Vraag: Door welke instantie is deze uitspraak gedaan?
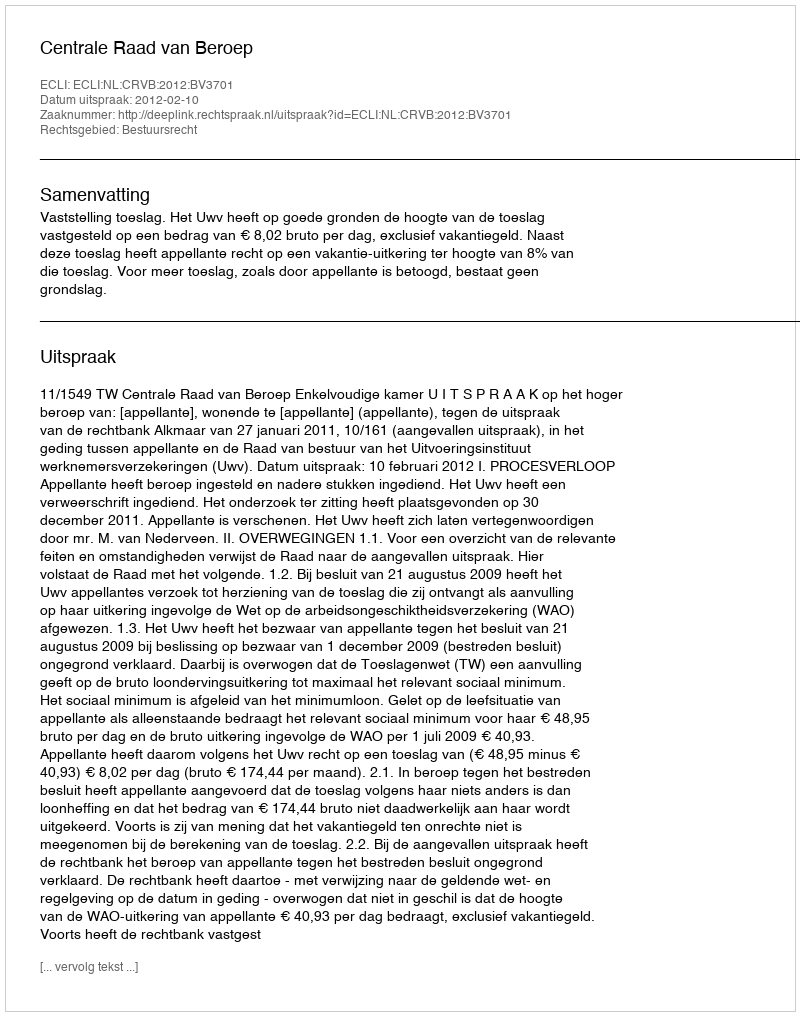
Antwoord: Centrale Raad van Beroep